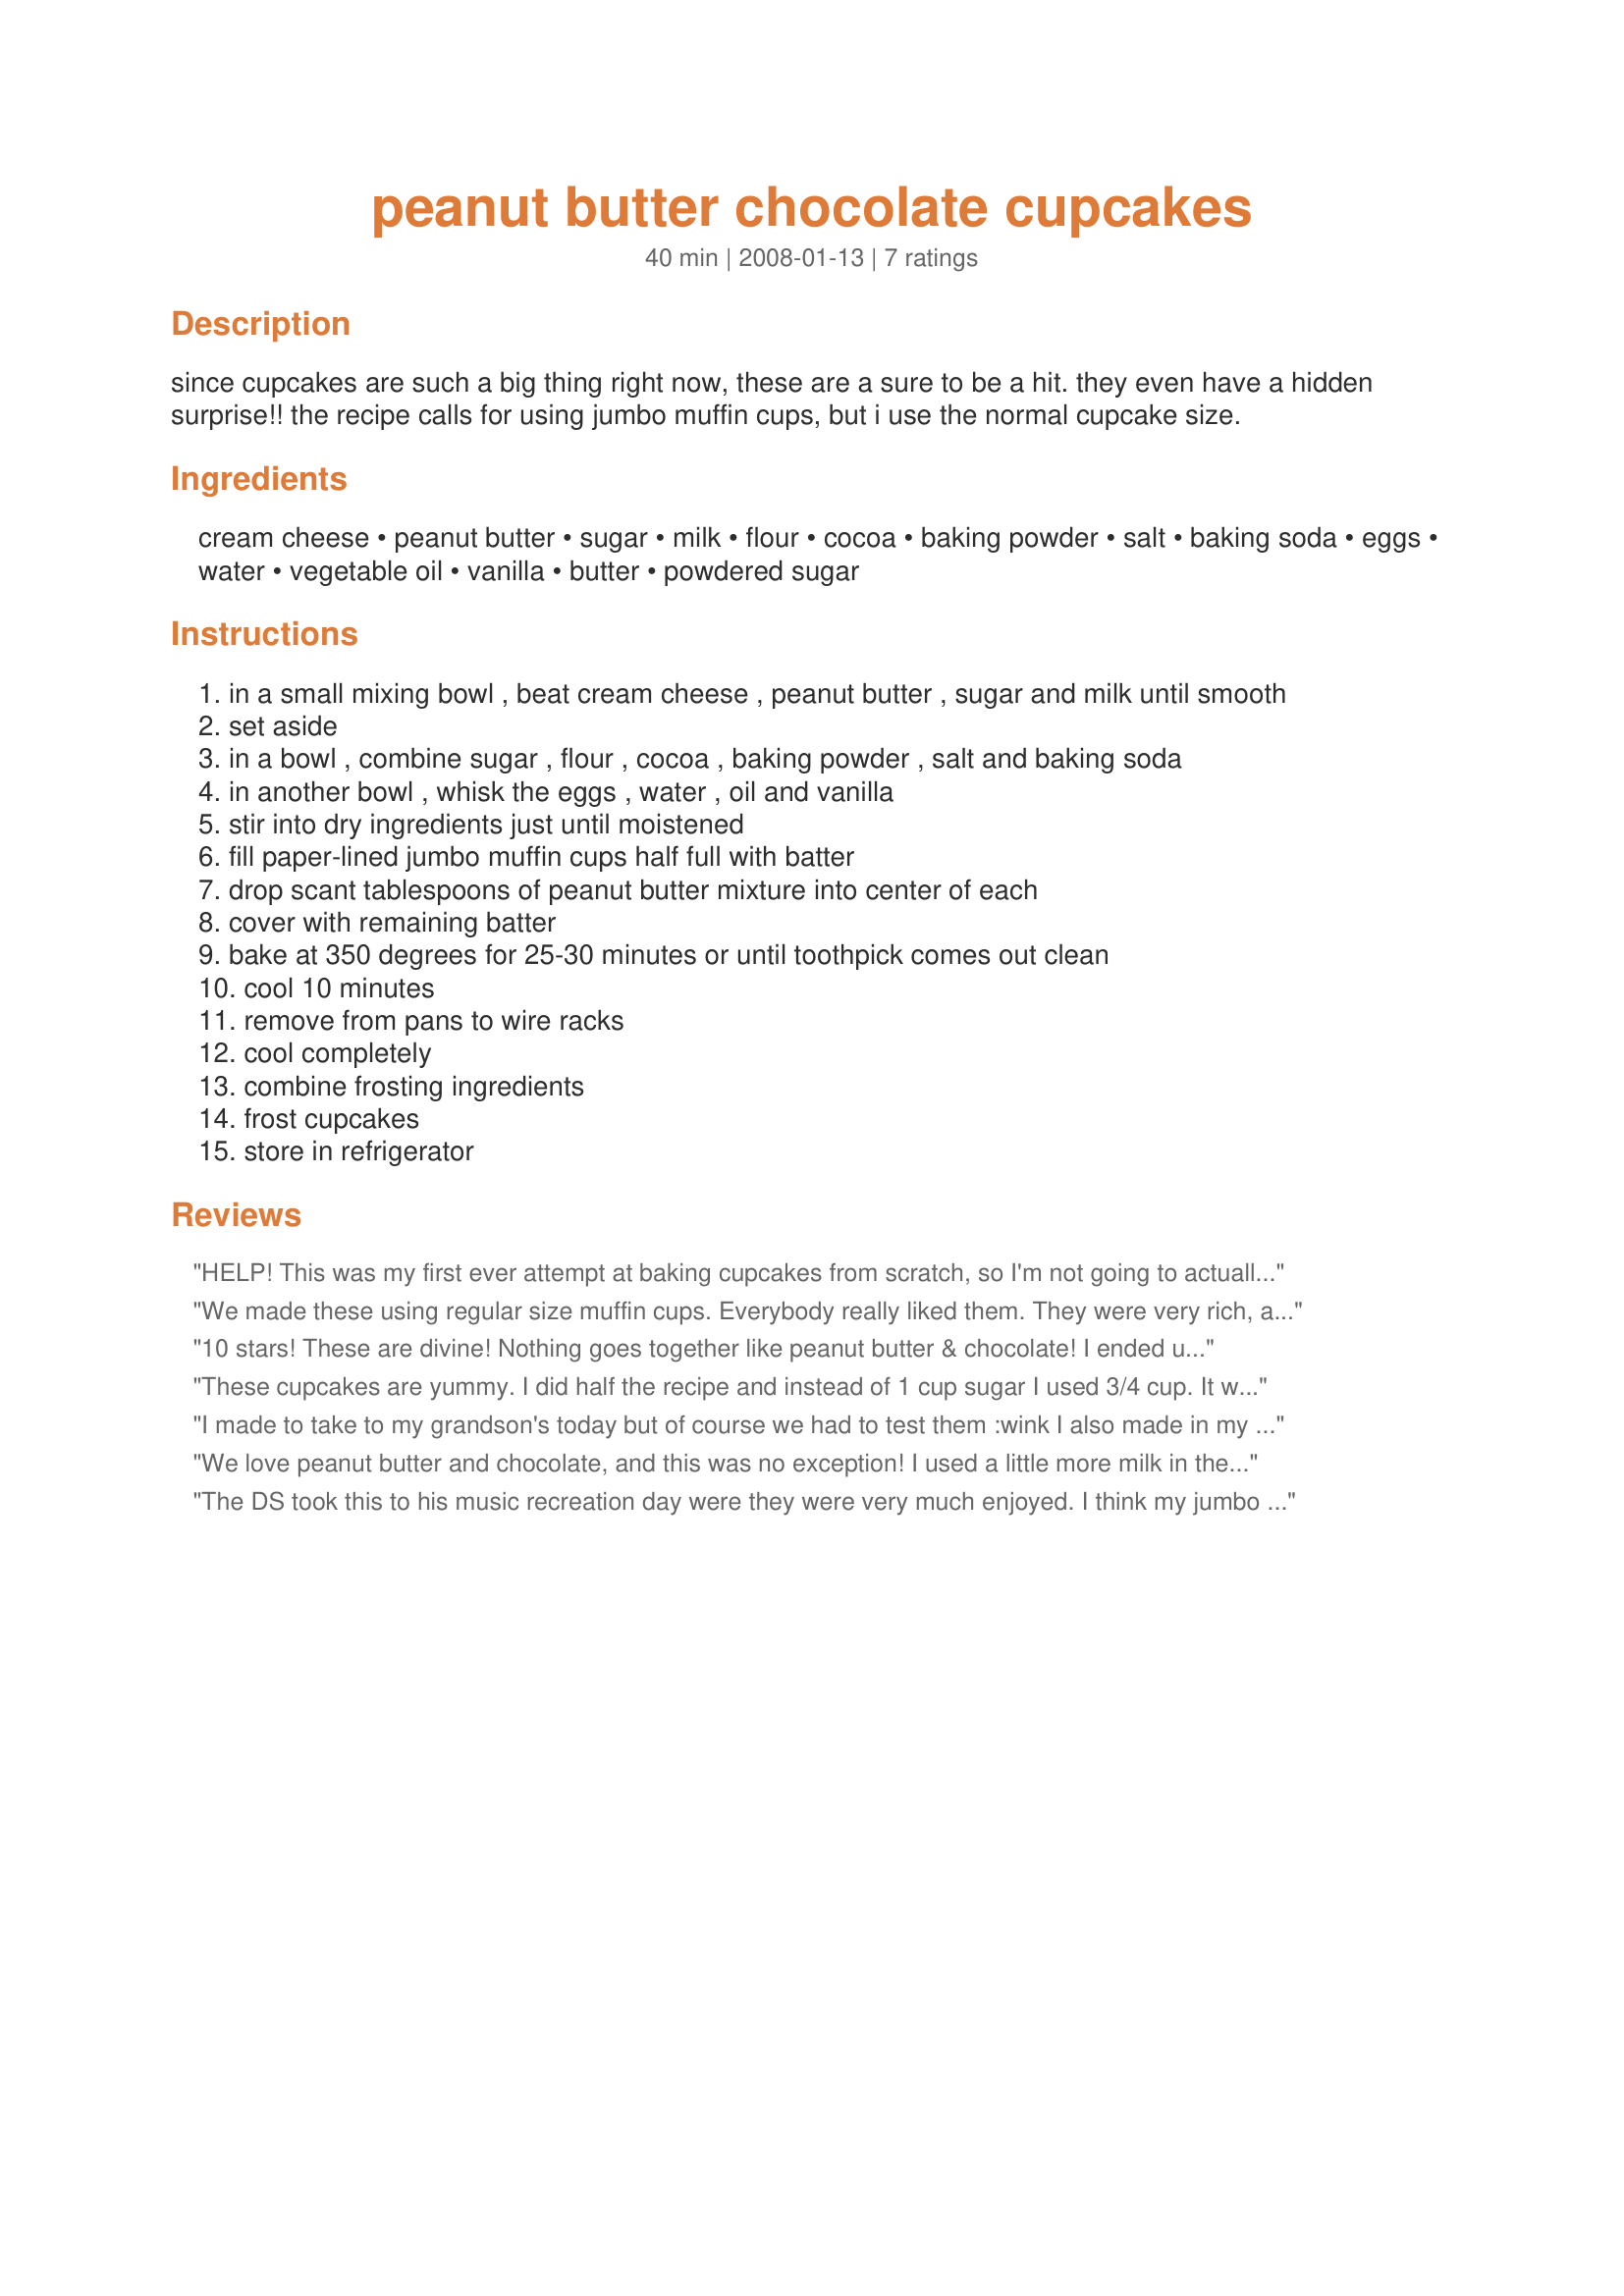
peanut butter chocolate cupcakes
Preparation time: 40 minutes

since cupcakes are such a big thing right now, these are a sure to be a hit. they even have a hidden surprise!! the recipe calls for using jumbo muffin cups, but i use the normal cupcake size.

Ingredients:
cream cheese, peanut butter, sugar, milk, flour, cocoa, baking powder, salt, baking soda, eggs, water, vegetable oil, vanilla, butter, powdered sugar

Steps:
in a small mixing bowl , beat cream cheese , peanut butter , sugar and milk until smooth
set aside
in a bowl , combine sugar , flour , cocoa , baking powder , salt and baking soda
in another bowl , whisk the eggs , water , oil and vanilla
stir into dry ingredients just until moistened
fill paper-lined jumbo muffin cups half full with batter
drop scant tablespoons of peanut butter mixture into center of each
cover with remaining batter
bake at 350 degrees for 25-30 minutes or until toothpick comes out clean
cool 10 minutes
remove from pans to wire racks
cool completely
combine frosting ingredients
frost cupcakes
store in refrigerator

Reviews:
HELP! This was my first ever attempt at baking cupcakes from scratch, so I'm not going to actually rate this recipe yet. Here's my trouble.. I wanted to bake the cupcakes without the filling and make just regular sized cupcakes. I followed the recipe exactly with the omission of the filling. I got 16 cupcakes that taste really good, but fell completely in the middle. Anyone have any ideas on why they all fell?
We made these using regular size muffin cups. Everybody really liked them. They were very rich, and I wouldn't want to make them jumbo sized
10 stars! These are divine! Nothing goes together like peanut butter & chocolate! I ended up with 20 regular sized cupcakes. I used melted butter instead of vegetable oil in the cake, and for the frosting I added a little extra butter and cocoa, and I also added a little melted dark chocolate. Thank for sharing! [Made for PRMR]
These cupcakes are yummy. I did half the recipe and instead of 1 cup sugar I used 3/4 cup. It was enough. I loved the filling. For the frosting, I added peanut butter. It was great. Thanks CoffeeB :) Made for Holiday tag
I made to take to my grandson's today but of course we had to test them :wink I also made in my regular cupcake pan. I made 2 dozen and I used a teaspoon for the peanut butter filling into each. Very nice cupcake. Thank you Coffeeb for another great recipe.
We love peanut butter and chocolate, and this was no exception! I used a little more milk in the frosting but other than that they were MAH-velous!
Thanks for sharing, Coffeebarista!
The DS took this to his music recreation day were they were very much enjoyed. I think my jumbo muffin tin may be just a tad small for these rose and spread and I had to slice them away from the top of the tin, I baked them for 165C fan forced oven for 25 minutes but could have done with 2 or 3 minutes less as they were slightly burnt on the edges. Thank you CoffeeB, made for Everyday a Holiday.
